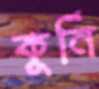
কুর্নি